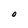
Character: O